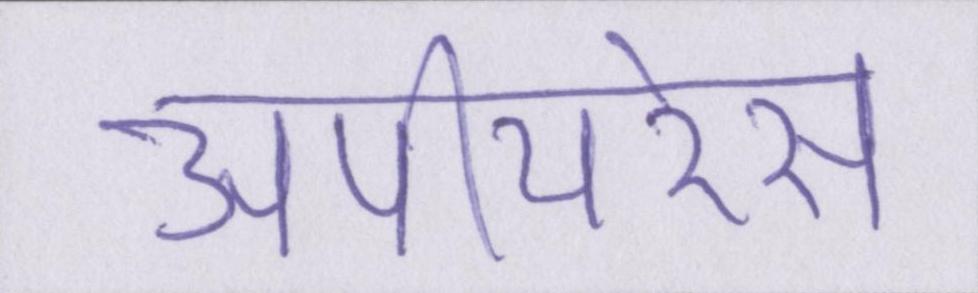
अपीयरेंस